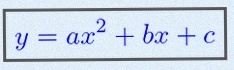
y=ax^2+bx+c